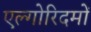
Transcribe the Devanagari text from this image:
एल्गोरिदमों